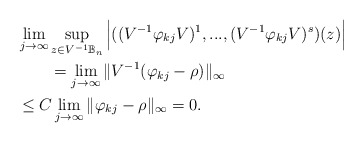
\begin{align*} &\lim_{j\rightarrow \infty}\sup_{z\in V^{-1}\mathbb{B}_n} \Big{|}((V^{-1}\varphi_{kj} V)^1,...,(V^{-1}\varphi_{kj} V)^s)(z)\Big{|}\\&\qquad=\lim_{j\rightarrow \infty}\|V^{-1} (\varphi_{kj}- \rho) \|_\infty\\& \leq C \lim_{j\rightarrow \infty}\| \varphi_{kj}- \rho \|_\infty =0.\end{align*}